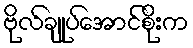
ဗိုလ်ချုပ်အောင်စိုးက